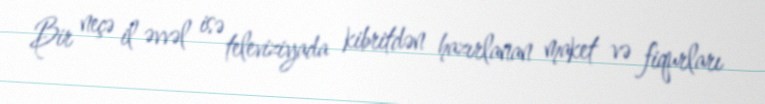
Bir neçə il əvvəl isə televiziyada kibritdən hazırlanan maket və fiqurları